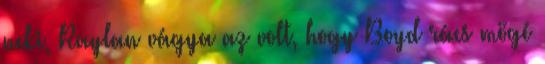
neki, Raylan vágya az volt, hogy Boyd rács mögé